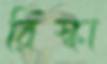
রিস্কা